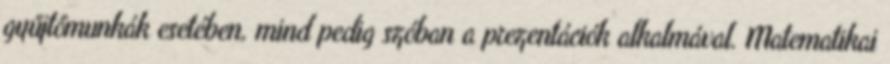
gyűjtőmunkák esetében, mind pedig szóban a prezentációk alkalmával. Matematikai